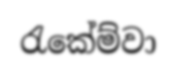
රැකේම්වා